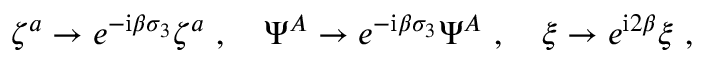
\zeta ^ { a } \rightarrow e ^ { - \mathrm { i } \beta \sigma _ { 3 } } \zeta ^ { a } \ , \quad \Psi ^ { A } \rightarrow e ^ { - \mathrm { i } \beta \sigma _ { 3 } } \Psi ^ { A } \ , \quad \xi \rightarrow e ^ { \mathrm { i } 2 \beta } \xi \ ,